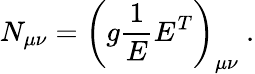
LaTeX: N_{\mu\nu}=\left(g\frac{1}{E}E^{T}\right)_{\mu\nu}~.